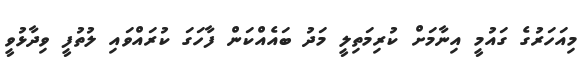
މިއަހަރުގެ ގައުމީ އިނާމަށް ކުރިމަތިލީ މަދު ބައެއްކަން ފާހަގަ ކުރައްވައި ލުތުފީ ވިދާޅުވީ